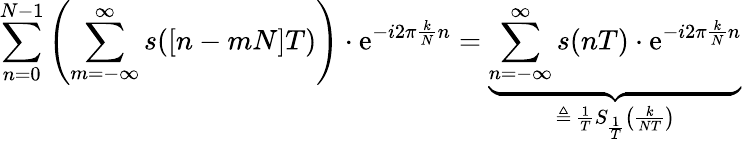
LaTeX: \sum_{n=0}^{N-1}\left(\sum_{m=-\infty}^{\infty}s([n-mN]T)\right)\cdot\mathrm{e}^{-i2\pi{\frac{{k}}{{N}}}n}=\underbrace{{\sum_{n=-\infty}^{\infty}s(nT)\cdot\mathrm{e}^{-i2\pi{\frac{{k}}{{N}}}n}}}_{\triangleq\, {\frac{{1}}{{T}}}S_{\frac{{1}}{{T}}}\left({\frac{{k}}{{NT}}}\right)}